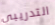
التدريبي